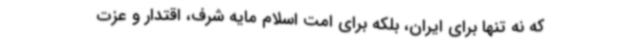
که نه تنها برای ایران، بلکه برای امت اسلام مایه شرف، اقتدار و عزت